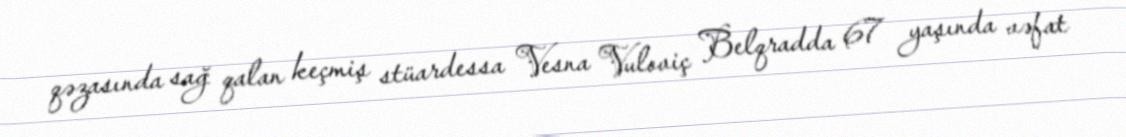
qəzasında sağ qalan keçmiş stüardessa Vesna Vuloviç Belqradda 67 yaşında vəfat